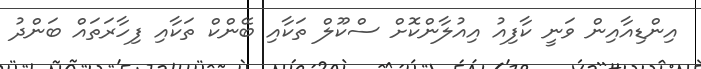
އިންޑިއާއިން ވަނީ ކާފިއު އިއުލާންކޮށް ސްކޫލް ތަކާއި ބޭންކް ތަކާއި ފިހާރަތައް ބަންދު